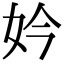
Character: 妗